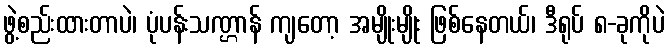
ဖွဲ့စည်းထားတာပဲ၊ ပုံပန်းသဏ္ဌာန် ကျတော့ အမျိုးမျိုး ဖြစ်နေတယ်၊ ဒီရုပ် ၈-ခုကိုပဲ